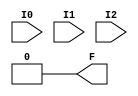
module LUT3_6(output F, input I0, I1, I2);
	parameter [7:0] INIT = 0;
	wire [ 3: 0] s2 = I2 ? INIT[ 7: 4] : INIT[ 3: 0];
	wire [ 1: 0] s1 = I1 ?   s2[ 3: 2] :   s2[ 1: 0];
	assign F = I0 ? s1[1] : s1[0];
endmodule